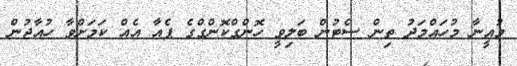
މުއީނާ މުހައްމަދު ތިން ސެޓުން ބަލިވީ ހޮންގްކޮންގްގެ ޕެއާ އެއް ކަމަށްވާ ހުއާޖުން